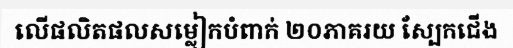
លើផលិតផលសម្លៀកបំពាក់ ២០ភាគរយ ស្បែកជើង